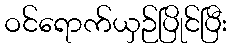
ဝင်ရောက်ယှဉ်ပြိုင်ပြီး